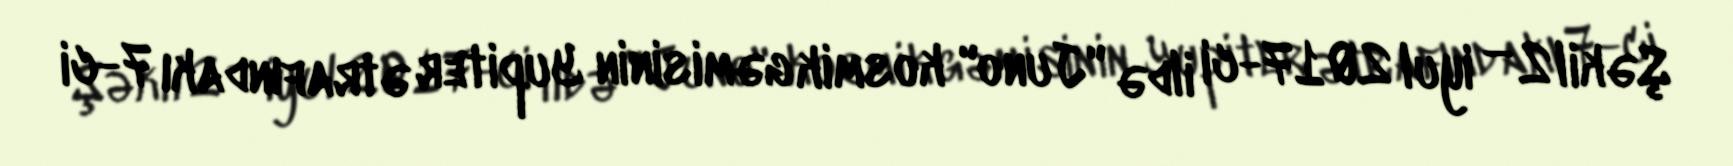
Şəkil 2 — iyul 2017-ci ildə "Juno" kosmik gəmisinin Yupiter ətrafındakı 7-ci